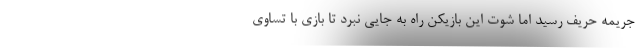
جریمه حریف رسید اما شوت این بازیکن راه به جایی نبرد تا بازی با تساوی